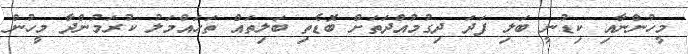
މީހުންނާއި ކިޑުނީ ބަލި ފަދަ ދިގުމުއްދަތަށް ބޮޑެތި ބަލިތައް ތަހައްމަލު ކުރަމުންދާ މީހުން